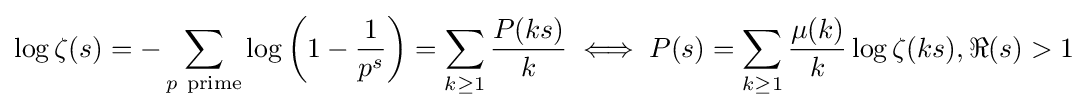
\log \zeta (s)=-\sum _{p\mathrm {\ prime} }\log \left(1-{\frac {1}{p^{s}}}\right)=\sum _{k\geq 1}{\frac {P(ks)}{k}}\iff P(s)=\sum _{k\geq 1}{\frac {\mu (k)}{k}}\log \zeta (ks),\Re (s)>1